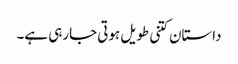
داستان کتنی طویل ہوتی جارہی ہے۔